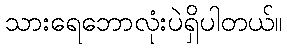
သားရေဘောလုံးပဲရှိပါတယ်။